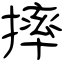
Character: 摔